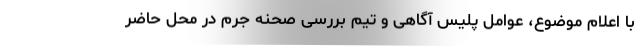
با اعلام موضوع، عوامل پلیس آگاهی و تیم بررسی صحنه جرم در محل حاضر